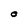
Character: O